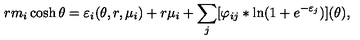
r m _ { i } \cosh \theta = \varepsilon _ { i } ( \theta , r , \mu _ { i } ) + r \mu _ { i } + \sum _ { j } [ \varphi _ { i j } \ast \ln ( 1 + e ^ { - \varepsilon _ { j } } ) ] ( \theta ) ,